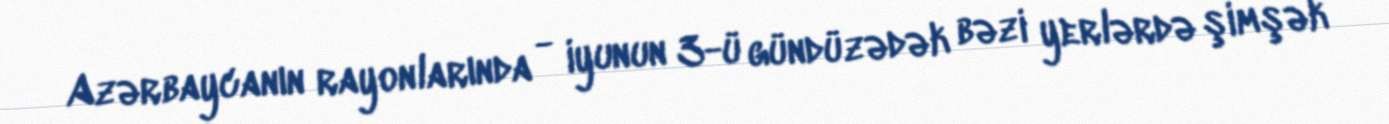
Azərbaycanın rayonlarında - iyunun 3-ü gündüzədək bəzi yerlərdə şimşək